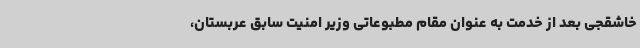
خاشقجی بعد از خدمت به عنوان مقام مطبوعاتی وزیر امنیت سابق عربستان،